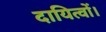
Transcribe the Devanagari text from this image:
दायित्वों।